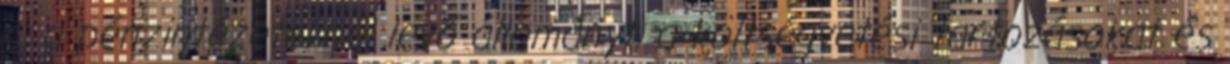
c. a pénzintézeteknél levő állományt, a költségvetési tartozásokat és